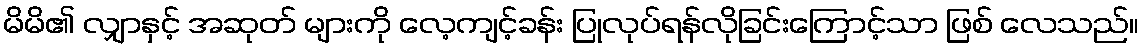
မိမိ၏ လျှာနှင့် အဆုတ် များကို လေ့ကျင့်ခန်း ပြုလုပ်ရန်လိုခြင်းကြောင့်သာ ဖြစ် လေသည်။